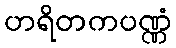
ဟရိတကပဏ္ဏံ